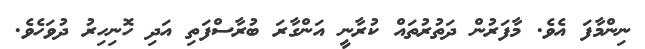
ނިންމާފަ އެވެ. މާފަރުން ދަތުރުތައް ކުރާނީ އަންގާރަ ބުރާސްފަތި އަދި ހޮނިހިރު ދުވަހެވެ.